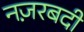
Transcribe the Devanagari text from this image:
नज़रबदी